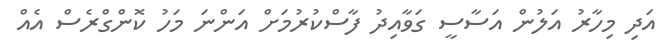
އަދި މިހާރު އަލުން އަސާސީ ގަވާއިދު ފާސްކުރުމަށް އަންނަ މަހު ކޮންގްރެސް އެއް